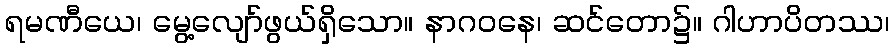
ရမဏီယေ၊ မွေ့လျော်ဖွယ်ရှိသော။ နာဂဝနေ၊ ဆင်တော၌။ ဂါဟာပိတဿ၊